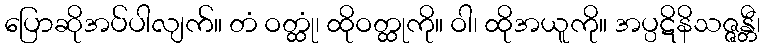
ပြောဆိုအပ်ပါလျက်။ တံ ဝတ္ထုံ၊ ထိုဝတ္ထုကို။ ဝါ၊ ထိုအယူကို။ အပ္ပဋိနိသဇ္ဇန္တီ၊